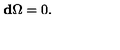
{ \bf d } \Omega = 0 .